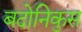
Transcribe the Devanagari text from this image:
बदोनिकुस